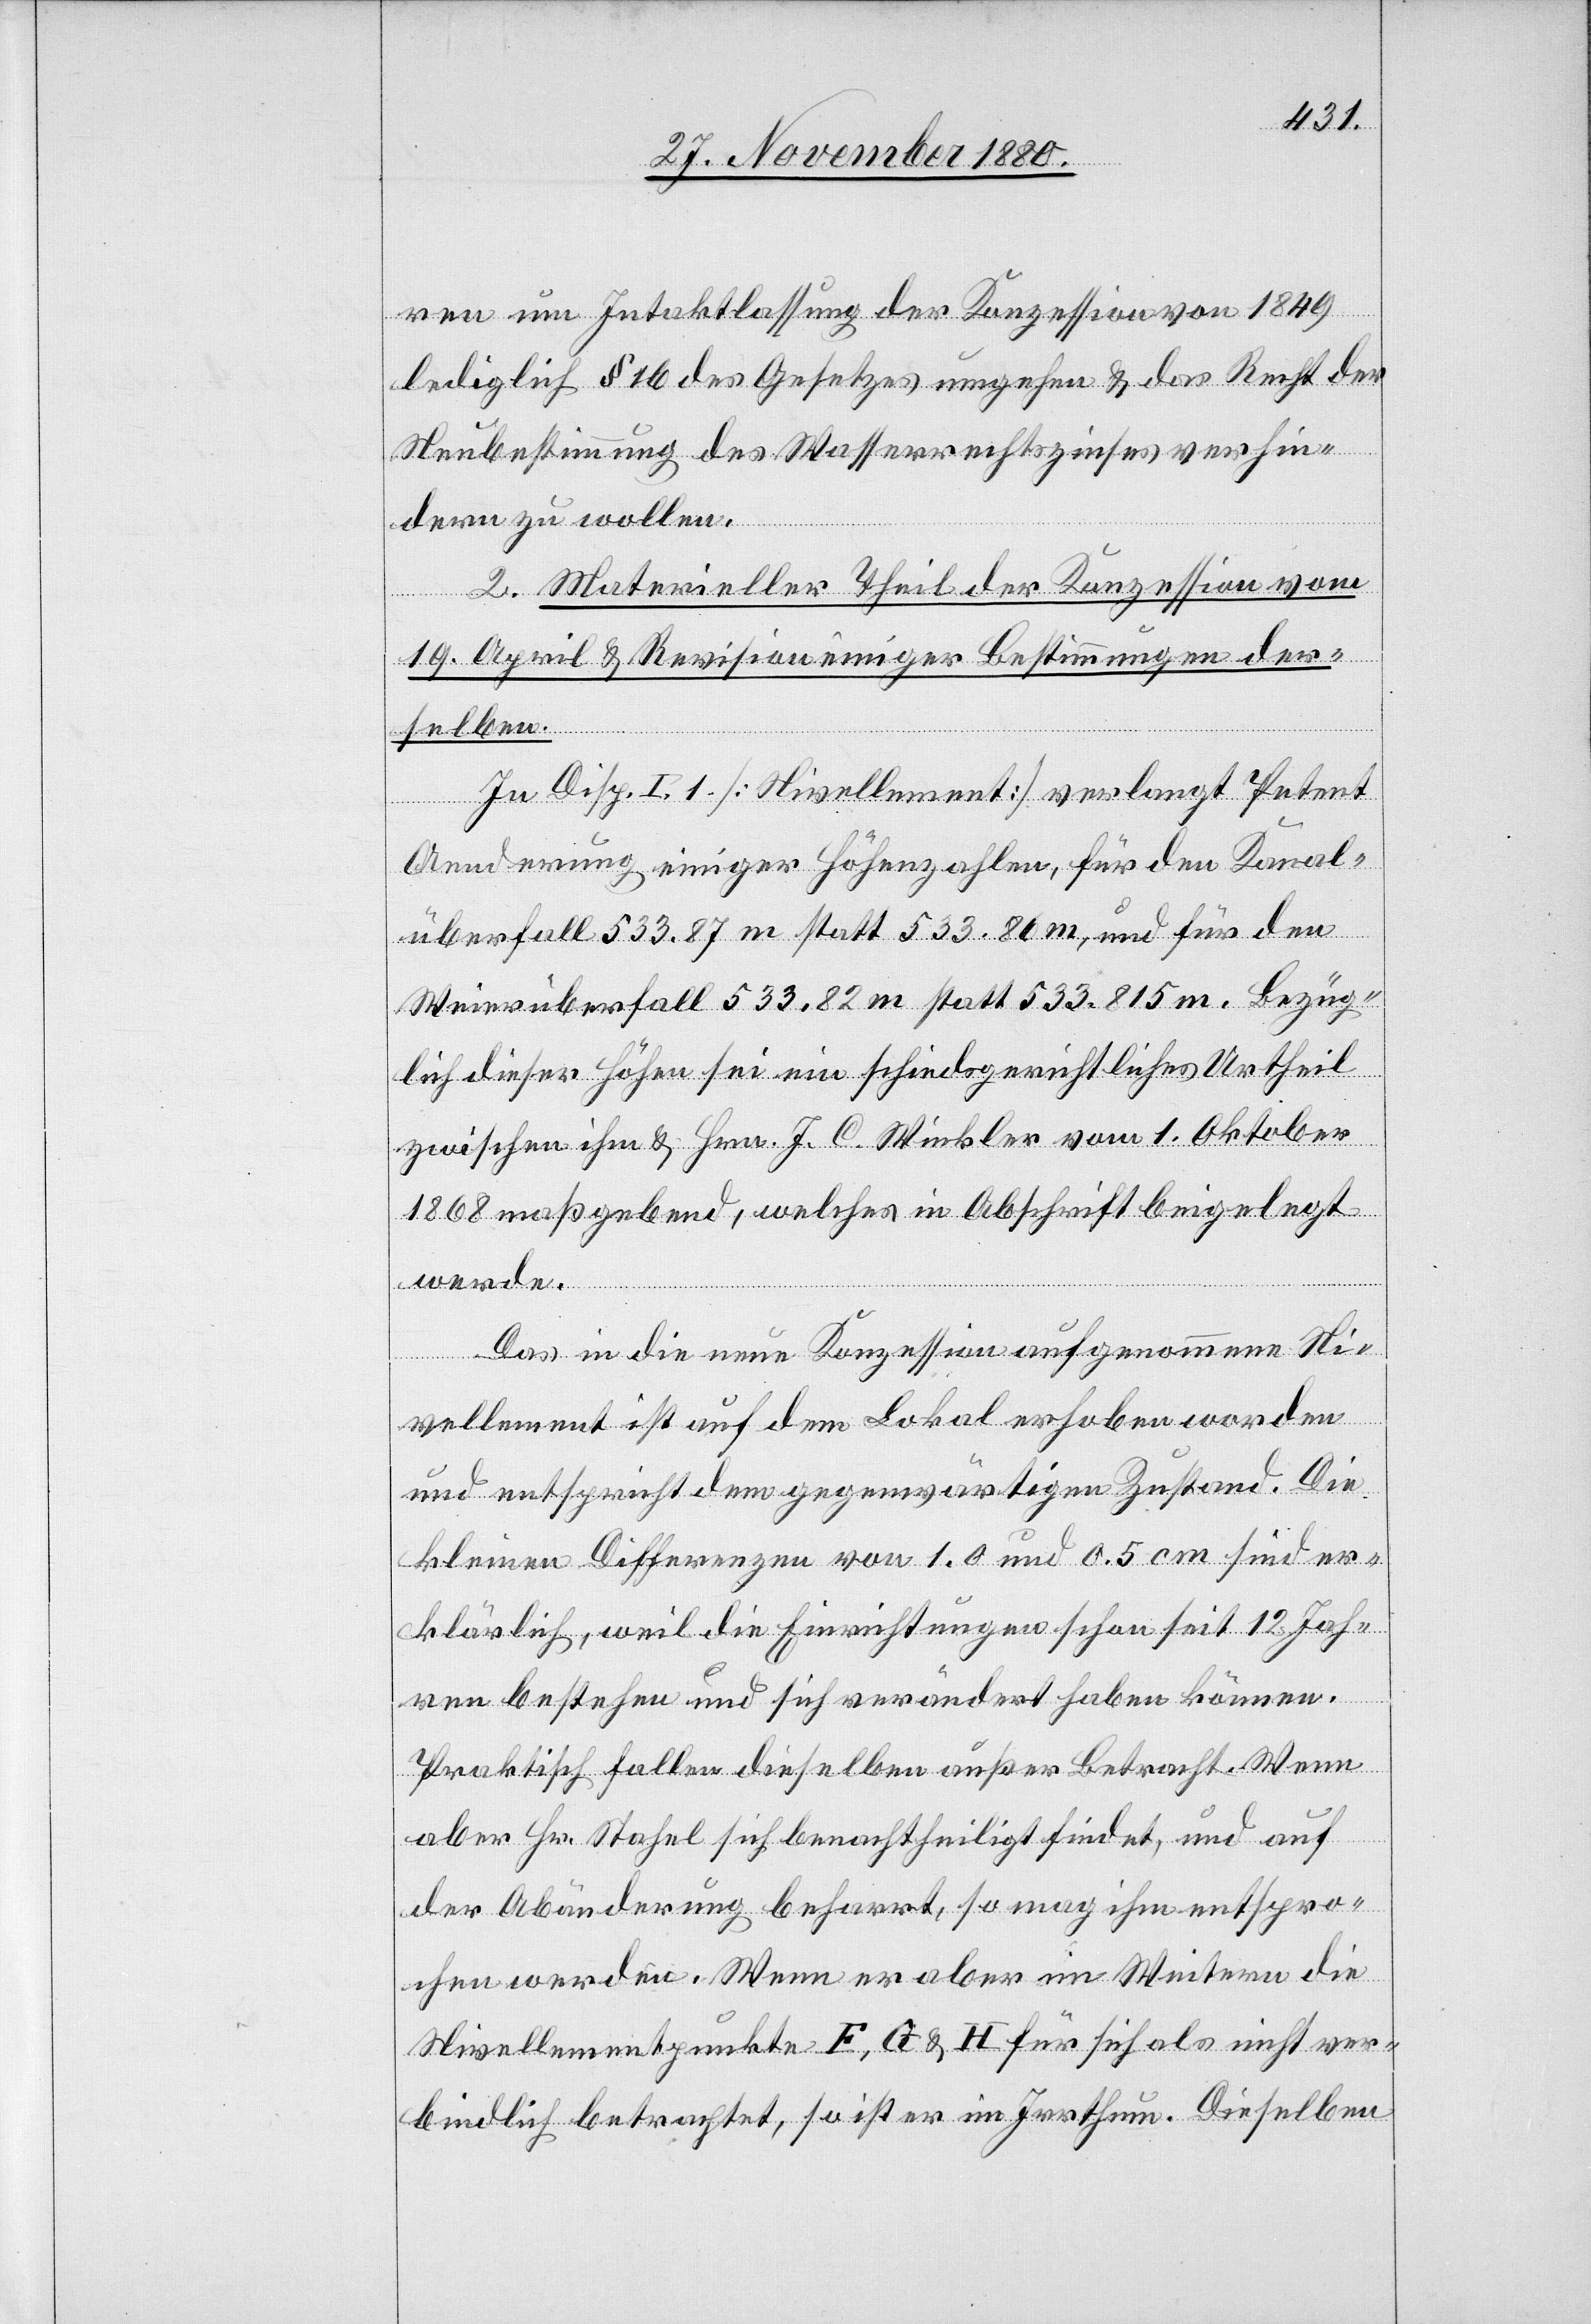
ren um Intaktlassung der Konzession von 1849
lediglich § 16 des Gesetzes umgehen & das Recht der
Neubestimmung des Wasserrechtszinses verhin¬
dern zu wollen.
2. Materieller Theil der Konzession vom
19. April & Revision einiger Bestimmungen der¬
selben.
In Disp. I. 1. [Nivellement] verlangt Petent
Aenderung einiger Höhenzahlen, für den Kanal¬
überfall 533.87 m statt 533.86 m, und für den
Weierüberfall 533.82 m statt 533.815 m Bezüg¬
lich dieser Höhen sei ein schiedsgerichtliches Urtheil
zwischen ihm & Hrn. J. C. Winkler vom 1. Oktober
1868 maßgebend, welches in Abschrift beigelegt
werde.
Das in die neue Konzession aufgenommene Ni¬
vellement ist auf dem Lokal erhoben worden
und entspricht dem gegenwärtigen Zustand. Die
kleinen Differenzen von 1.0 und 0.5 cm sind er¬
klärlich, weil die Einrichtungen schon seit 12 Jahr¬
en bestehen und sich verändert haben können.
Praktisch fallen dieselben außer Betracht. Wenn
aber Hr. Stahel sich benachtheiligt findet, und auf
der Abänderung beharrt, so mag ihm entspro¬
chen werden. Wenn er aber im Weitern die
Nivellementpunkte F, G & H für sich als nicht ver¬
bindlich betrachtet, so ist er im Irrthum. Dieselben